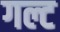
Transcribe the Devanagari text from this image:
गल्ट